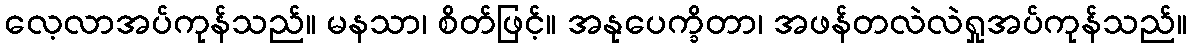
လေ့လာအပ်ကုန်သည်။ မနသာ၊ စိတ်ဖြင့်။ အနုပေက္ခိတာ၊ အဖန်တလဲလဲရှုအပ်ကုန်သည်။